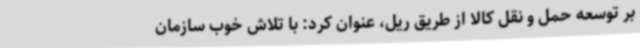
بر توسعه حمل و نقل کالا از طریق ریل، عنوان کرد: با تلاش خوب سازمان